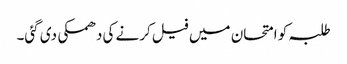
طلبہ کو امتحان میں فیل کرنے کی دھمکی دی گئی۔